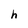
Character: h